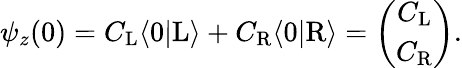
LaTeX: \begin{array}{r}{\psi_{z}(0)=C_{\mathrm{L}}\langle 0|\mathrm{L}\rangle+C_{\mathrm{R}}\langle 0|\mathrm{R}\rangle=\left(\begin{array}{c}{C_{\mathrm{L}}}\\ {C_{\mathrm{R}}}\end{array}\right).}\end{array}